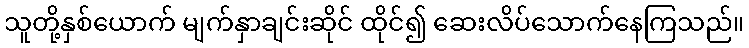
သူတို့နှစ်ယောက် မျက်နှာချင်းဆိုင် ထိုင်၍ ဆေးလိပ်သောက်နေကြသည်။